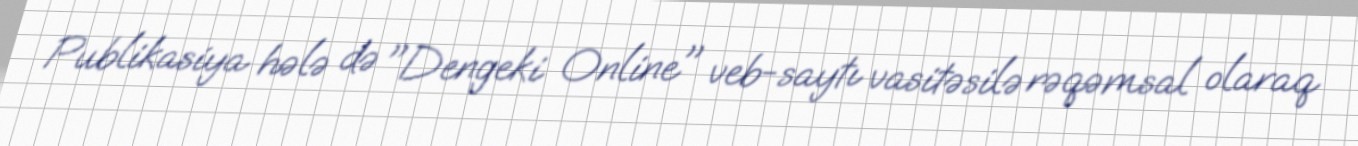
Publikasiya hələ də "Dengeki Online" veb-saytı vasitəsilə rəqəmsal olaraq